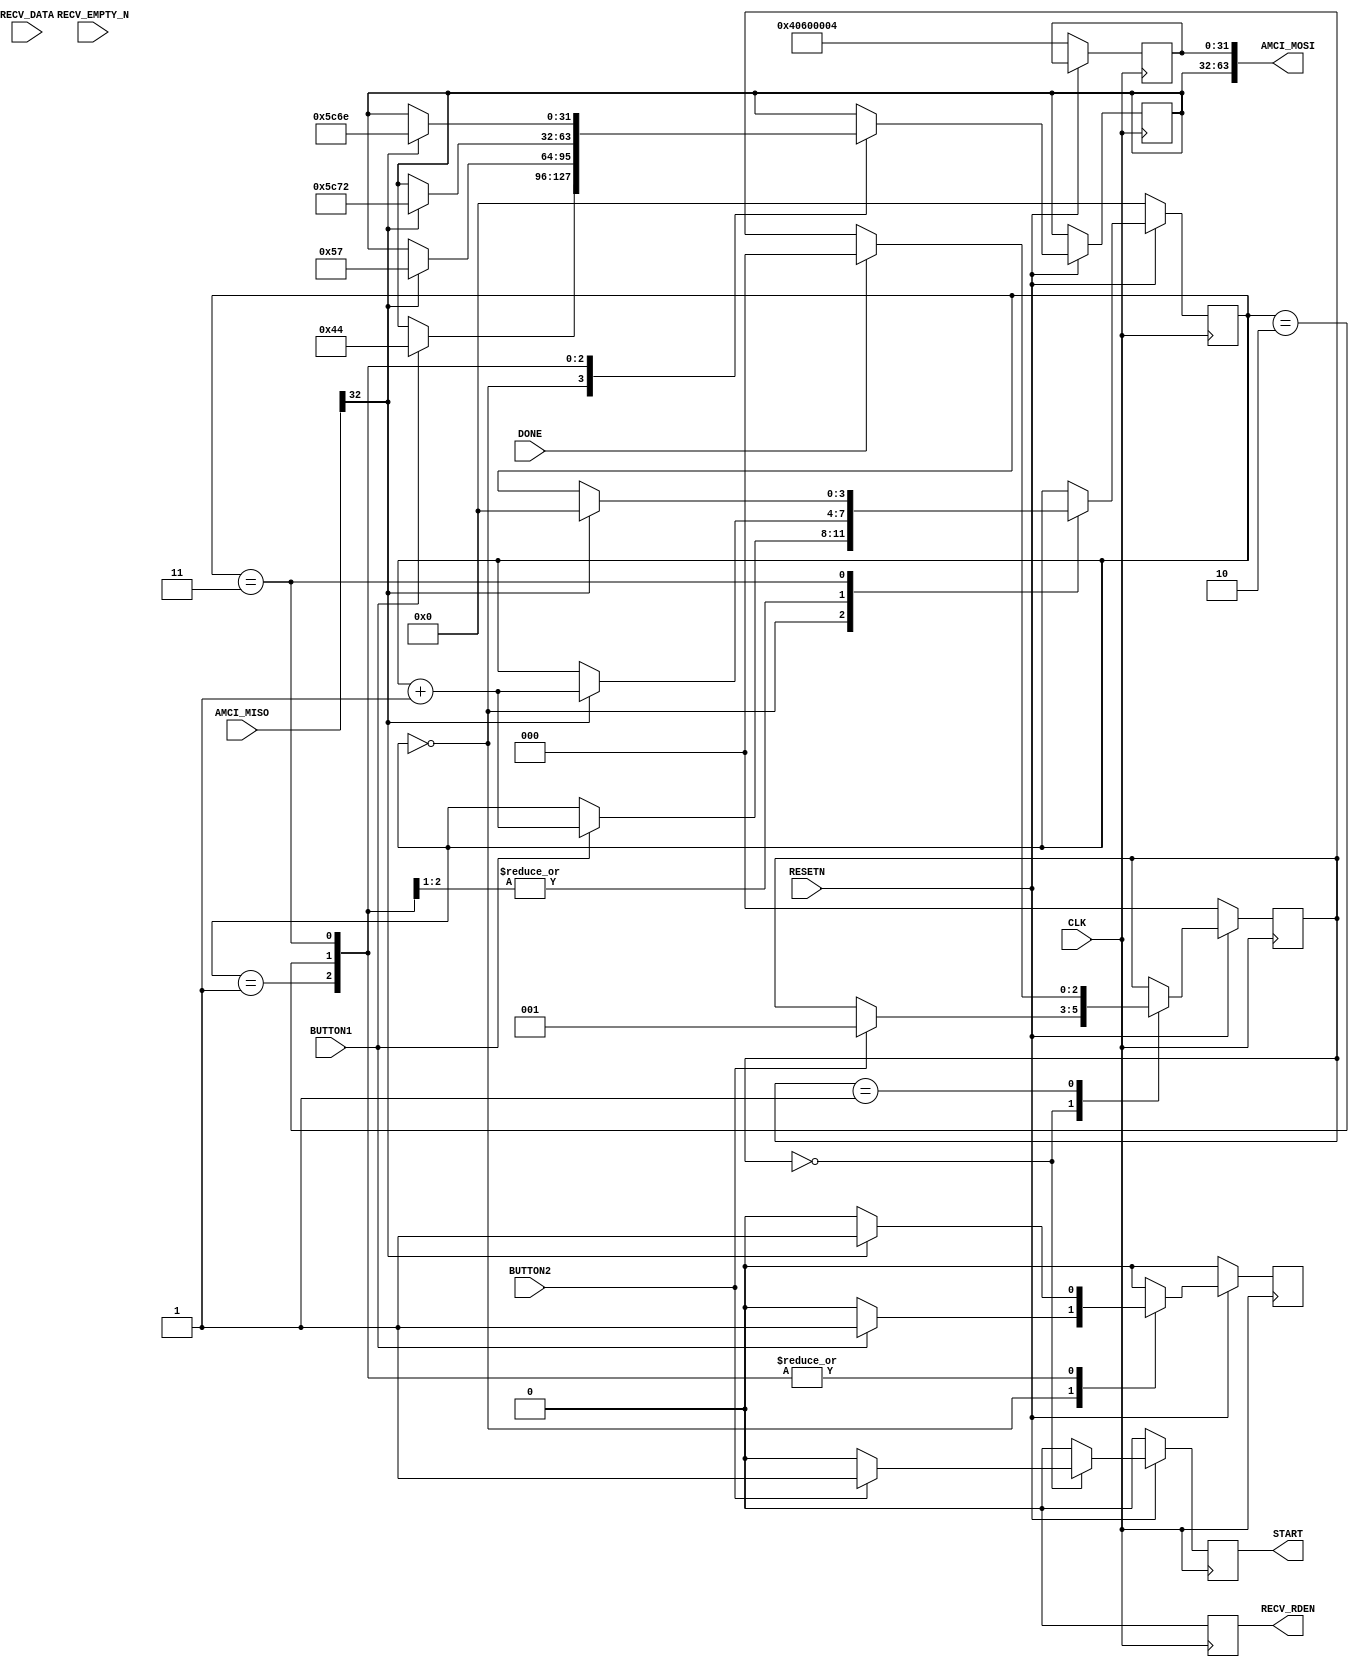

module vcontroller#
(
    parameter integer AXI_DATA_WIDTH = 32,
    parameter integer AXI_ADDR_WIDTH = 32
)
( 
    //============================ The AMCI interface ==========================
    output  wire[97:0] AMCI_MOSI,    // AMCI Master Out, Slave In
    input   wire[33:0] AMCI_MISO,    // AMCI Master In, Slave Out
    //==========================================================================

    // User reads from this FIFO to receive data from the UART
    (* X_INTERFACE_MODE = "master" *)
    (* X_INTERFACE_INFO = "xilinx.com:interface:acc_fifo_read:1.0 RECV_FIFO RD_DATA" *) input[7:0] RECV_DATA,
    (* X_INTERFACE_INFO = "xilinx.com:interface:acc_fifo_read:1.0 RECV_FIFO EMPTY_N" *) input      RECV_EMPTY_N,
    (* X_INTERFACE_INFO = "xilinx.com:interface:acc_fifo_read:1.0 RECV_FIFO RD_EN"   *) output     RECV_RDEN,

    input CLK, RESETN, BUTTON1, BUTTON2,
    output START,
    input DONE
);

    //=========================================================================================================
    // Break out the AMCI_MISO and AMCI_MISO interfaces into discrete ports
    //=========================================================================================================
    localparam AMCI_WADDR_OFFSET = 0;   localparam pa1 = AMCI_WADDR_OFFSET + AXI_ADDR_WIDTH;
    localparam AMCI_WDATA_OFFSET = pa1; localparam pa2 = AMCI_WDATA_OFFSET + AXI_DATA_WIDTH;
    localparam AMCI_RADDR_OFFSET = pa2; localparam pa3 = AMCI_RADDR_OFFSET + AXI_ADDR_WIDTH;
    localparam AMCI_WRITE_OFFSET = pa3; localparam pa4 = AMCI_WRITE_OFFSET + 1;
    localparam AMCI_READ_OFFSET  = pa4; localparam pa5 = AMCI_READ_OFFSET  + 1;

    localparam AMCI_RDATA_OFFSET = 0;   localparam pb1 = AMCI_RDATA_OFFSET + AXI_DATA_WIDTH;
    localparam AMCI_WIDLE_OFFSET = pb1; localparam pb2 = AMCI_WIDLE_OFFSET + 1;
    localparam AMCI_RIDLE_OFFSET = pb2; localparam pb3 = AMCI_RIDLE_OFFSET + 1;

    wire[AXI_ADDR_WIDTH-1:0] AMCI_WADDR = AMCI_MOSI[AMCI_WADDR_OFFSET +: AXI_ADDR_WIDTH];
    wire[AXI_DATA_WIDTH-1:0] AMCI_WDATA = AMCI_MOSI[AMCI_WDATA_OFFSET +: AXI_DATA_WIDTH];
    wire[AXI_ADDR_WIDTH-1:0] AMCI_RADDR = AMCI_MOSI[AMCI_RADDR_OFFSET +: AXI_ADDR_WIDTH];
    wire AMCI_WRITE                     = AMCI_MOSI[AMCI_WRITE_OFFSET +: 1];
    wire AMCI_READ                      = AMCI_MOSI[AMCI_READ_OFFSET  +: 1];

    wire[AXI_DATA_WIDTH-1:0] AMCI_RDATA = AMCI_MISO[AMCI_RDATA_OFFSET +: AXI_DATA_WIDTH];
    wire                     AMCI_WIDLE = AMCI_MISO[AMCI_WIDLE_OFFSET +: 1];
    wire                     AMCI_RIDLE = AMCI_MISO[AMCI_RIDLE_OFFSET +: 1];
    //=========================================================================================================


    //=========================================================================================================
    // Register assignments for writing to the AMCI outputs
    //=========================================================================================================
    reg[AXI_ADDR_WIDTH-1:0] amci_waddr; assign AMCI_WADDR = amci_waddr;
    reg[AXI_DATA_WIDTH-1:0] amci_wdata; assign AMCI_WDATA = amci_wdata;
    reg[AXI_ADDR_WIDTH-1:0] amci_raddr; assign AMCI_RADDR = amci_raddr;
    reg                     amci_write; assign AMCI_WRITE = amci_write;
    reg                     amci_read ; assign AMCI_READ  = amci_read;
    //=========================================================================================================


    localparam UART_BASE = 32'h4060_0000;
    localparam UART_TX   = UART_BASE + 4;

    reg recv_rden; assign RECV_RDEN = recv_rden;

    reg[3:0] state;

    always @(posedge CLK) begin
        amci_write <= 0;
        recv_rden <= 0;
        if (RESETN == 0) begin
            state      <= 0;
            amci_waddr <= UART_TX;
        end else case(state)

        0:  if (BUTTON1) begin
                amci_wdata <= "D";
                amci_write <= 1;
                state      <= state + 1;
            end

        1:  if (AMCI_WIDLE) begin
                amci_wdata <= "W";
                amci_write <= 1;
                state      <= state + 1;
            end

        2:  if (AMCI_WIDLE) begin
                amci_wdata <= "\r";
                amci_write <= 1;
                state      <= state + 1;
            end
        3:  if (AMCI_WIDLE) begin
                amci_wdata <= "\n";
                amci_write <= 1;
                state      <= 0;
            end
        endcase
    end


    reg[2:0] state2;
    reg start; assign START = start;
    always @(posedge CLK) begin
        start <= 0;
        if (RESETN == 0) begin
            state2 <= 0;
        end else case(state2)

        0:  if (BUTTON2) begin
                start  <= 1;
                state2 <= 1;
            end 

        1:  if (DONE) begin
                state2 <= 0;
            end

        endcase
    end

endmodule